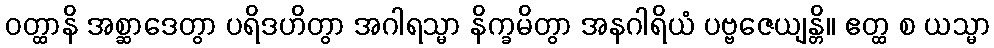
ဝတ္ထာနိ အစ္ဆာဒေတွာ ပရိဒဟိတွာ အဂါရသ္မာ နိက္ခမိတွာ အနဂါရိယံ ပဗ္ဗဇေယျန္တိ။ ဧတ္ထ စ ယသ္မာ